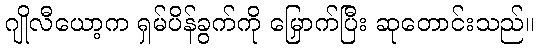
ဂျိုလီယော့က ရှမ်ပိန်ခွက်ကို မြှောက်ပြီး ဆုတောင်းသည်။